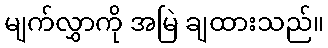
မျက်လွှာကို အမြဲ ချထားသည်။